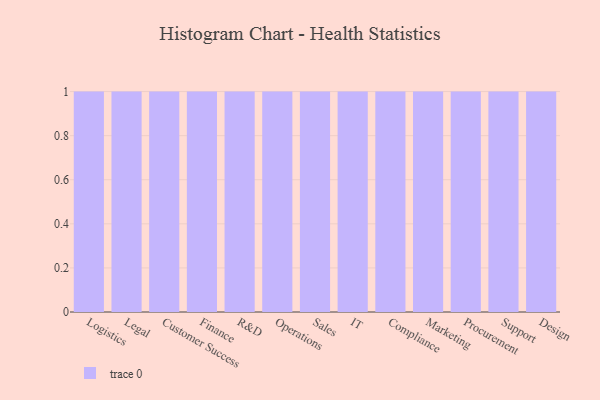
{"axis": {"x": "Department", "y": "Operating Costs (USD K)"}, "legend": [""], "data": [{"x": "Logistics", "y": 30, "type": ""}, {"x": "Legal", "y": 91, "type": ""}, {"x": "Customer Success", "y": 10, "type": ""}, {"x": "Finance", "y": 54, "type": ""}, {"x": "R&D", "y": 6, "type": ""}, {"x": "Operations", "y": 60, "type": ""}, {"x": "Sales", "y": 32, "type": ""}, {"x": "IT", "y": 66, "type": ""}, {"x": "Compliance", "y": 49, "type": ""}, {"x": "Marketing", "y": 22, "type": ""}, {"x": "Procurement", "y": 15, "type": ""}, {"x": "Support", "y": 57, "type": ""}, {"x": "Design", "y": 43, "type": ""}]}